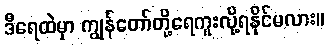
ဒီရေထဲမှာ ကျွန်တော်တို့ရေကူးလို့ရနိုင်မလား။